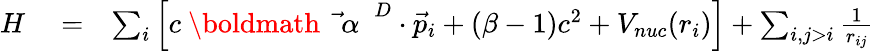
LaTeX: \begin{array}{rlr}{H}&{{}=}&{\sum_{i}\left[c\mathrm{~\boldmath~{~\vec{~}\alpha~}~}^{D}\cdot{\vec{p}}_{i}+(\beta-1)c^{2}+V_{nuc}(r_{i})\right]+\sum_{i,j>i}\frac{1}{r_{ij}}}\end{array}